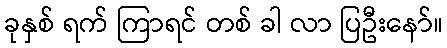
ခုနှစ် ရက် ကြာရင် တစ် ခါ လာ ပြဦးနော်။